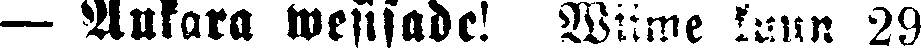
— Ankara wesisade! Wiime kuun 29